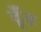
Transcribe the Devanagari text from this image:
ढ़ूँढ